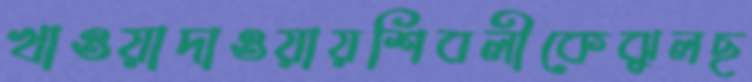
খাওয়াদাওয়ায়শিবলীকেঝুলছ